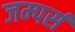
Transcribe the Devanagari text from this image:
जम्पर्स